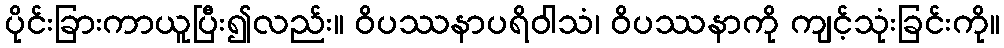
ပိုင်းခြားကာယူပြီး၍လည်း။ ဝိပဿနာပရိဝါသံ၊ ဝိပဿနာကို ကျင့်သုံးခြင်းကို။